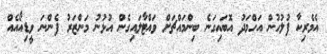
އެމެރިކާ ފުލުހުން އަހްމަދު އޮބައިގަނެ ބިންމައްޗަށް ވައްޓާލައިގެން އުޅުނު މަންޒަރު ފެންނަ ވީޑިއޯއެއް